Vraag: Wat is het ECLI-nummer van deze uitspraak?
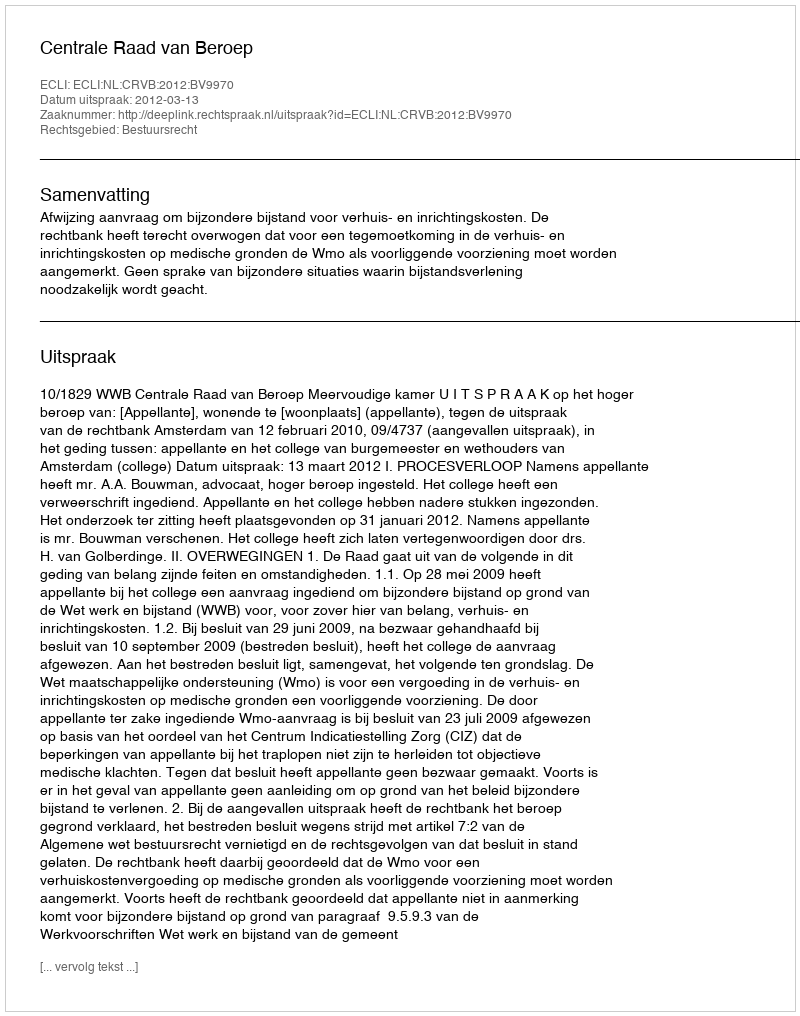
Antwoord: ECLI:NL:CRVB:2012:BV9970